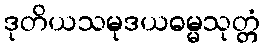
ဒုတိယသမုဒယဓမ္မသုတ္တံ